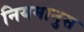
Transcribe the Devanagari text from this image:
नियमानुस